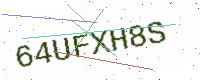
Text: 64UFXH8S